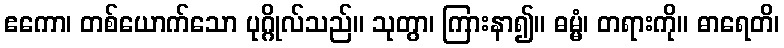
ဧကော၊ တစ်ယောက်သော ပုဂ္ဂိုလ်သည်။ သုတွာ၊ ကြားနာ၍။ ဓမ္မံ၊ တရားကို။ ဓာရေတိ၊